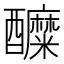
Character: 醾